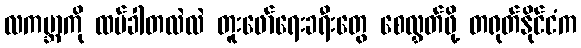
လကမ္ဘာကို ထပ်ခါတလဲလဲ တူးဖော်ရေးခရီးတွေ စေလွှတ်ဖို့ တရုတ်နိုင်ငံက